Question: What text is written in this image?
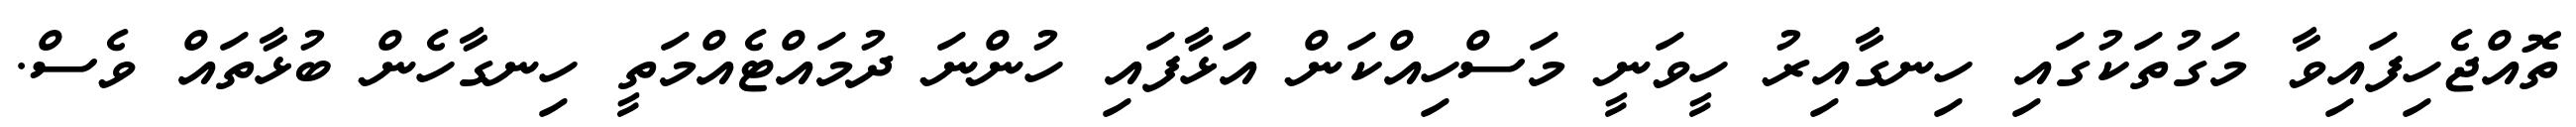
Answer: ތޮއްޖެހިފައިވާ މަގުތަކުގައި ހިނގާއިރު ހީވަނީ މަސްހިއްކަން އަޅާފައި ހުންނަ ދުމައްޓެއްމަތީ ހިނގާހެން ބުޅާތައް ވެސް.